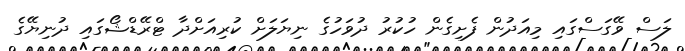
ލަސް ވޭގަސްގައި މިއަދުން ފެށިގެން ހުކުރު ދުވަހުގެ ނިޔަލަށް ކުރިއަށްދާ ޓްރޭޑްޝޯގައި ދުނިޔޭގެ